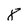
Character: 8